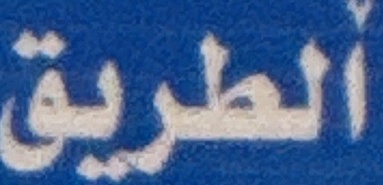
الطریق